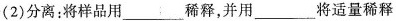
(2)分离：将样品用___稀释，并用___将适量稀释